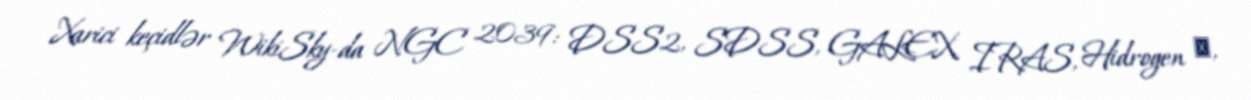
Xarici keçidlər WikiSky-da NGC 2039: DSS2, SDSS, GALEX, IRAS, Hidrogen α,